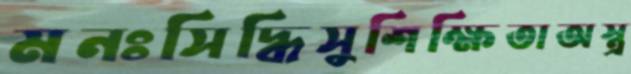
মনঃসিদ্ধিসুশিক্ষিতাঅস্ত্র